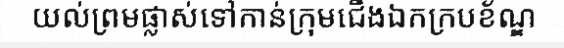
យល់ព្រមផ្លាស់ទៅកាន់ក្រុមជើងឯកក្របខ័ណ្ឌ